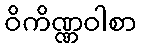
ဝိကိဏ္ဏဝါစာ